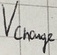
Text: Vcharge